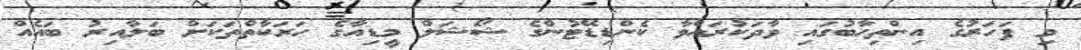
މި ފަހަރުގެ އިންތިހާބުގައި ވާދަކުރައްވާ ކެންޑިޑޭޓުންގެ ޝޯޝަލް މީޑިއާގެ ހަރަކާތްތަކަށް ބަލާއިރު ބައެއް